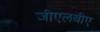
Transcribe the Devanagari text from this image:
जीएलबीए